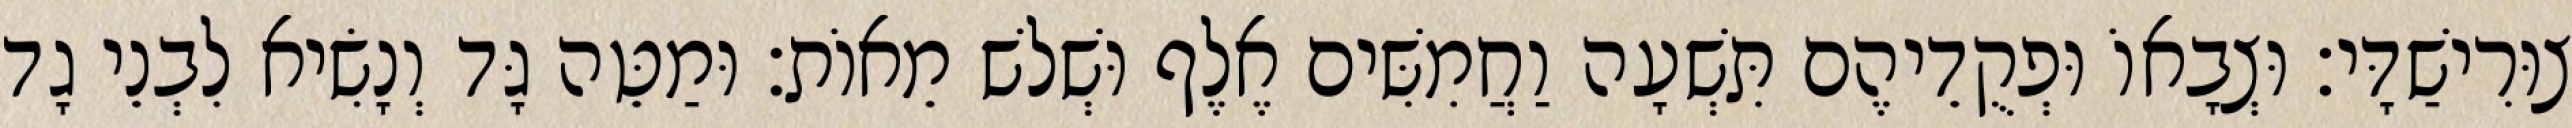
צוּרִישַׁדָּי׃ וּצְבָאוֹ וּפְקֻדֵיהֶם תִּשְׁעָה וַחֲמִשִּׁים אֶלֶף וּשְׁלשׁ מֵאוֹת׃ וּמַטֵּה גָּד וְנָשִׂיא לִבְנֵי גָד